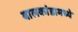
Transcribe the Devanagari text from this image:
बालकांडामध्ये